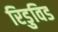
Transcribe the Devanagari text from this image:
रिडुविड